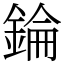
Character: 錀